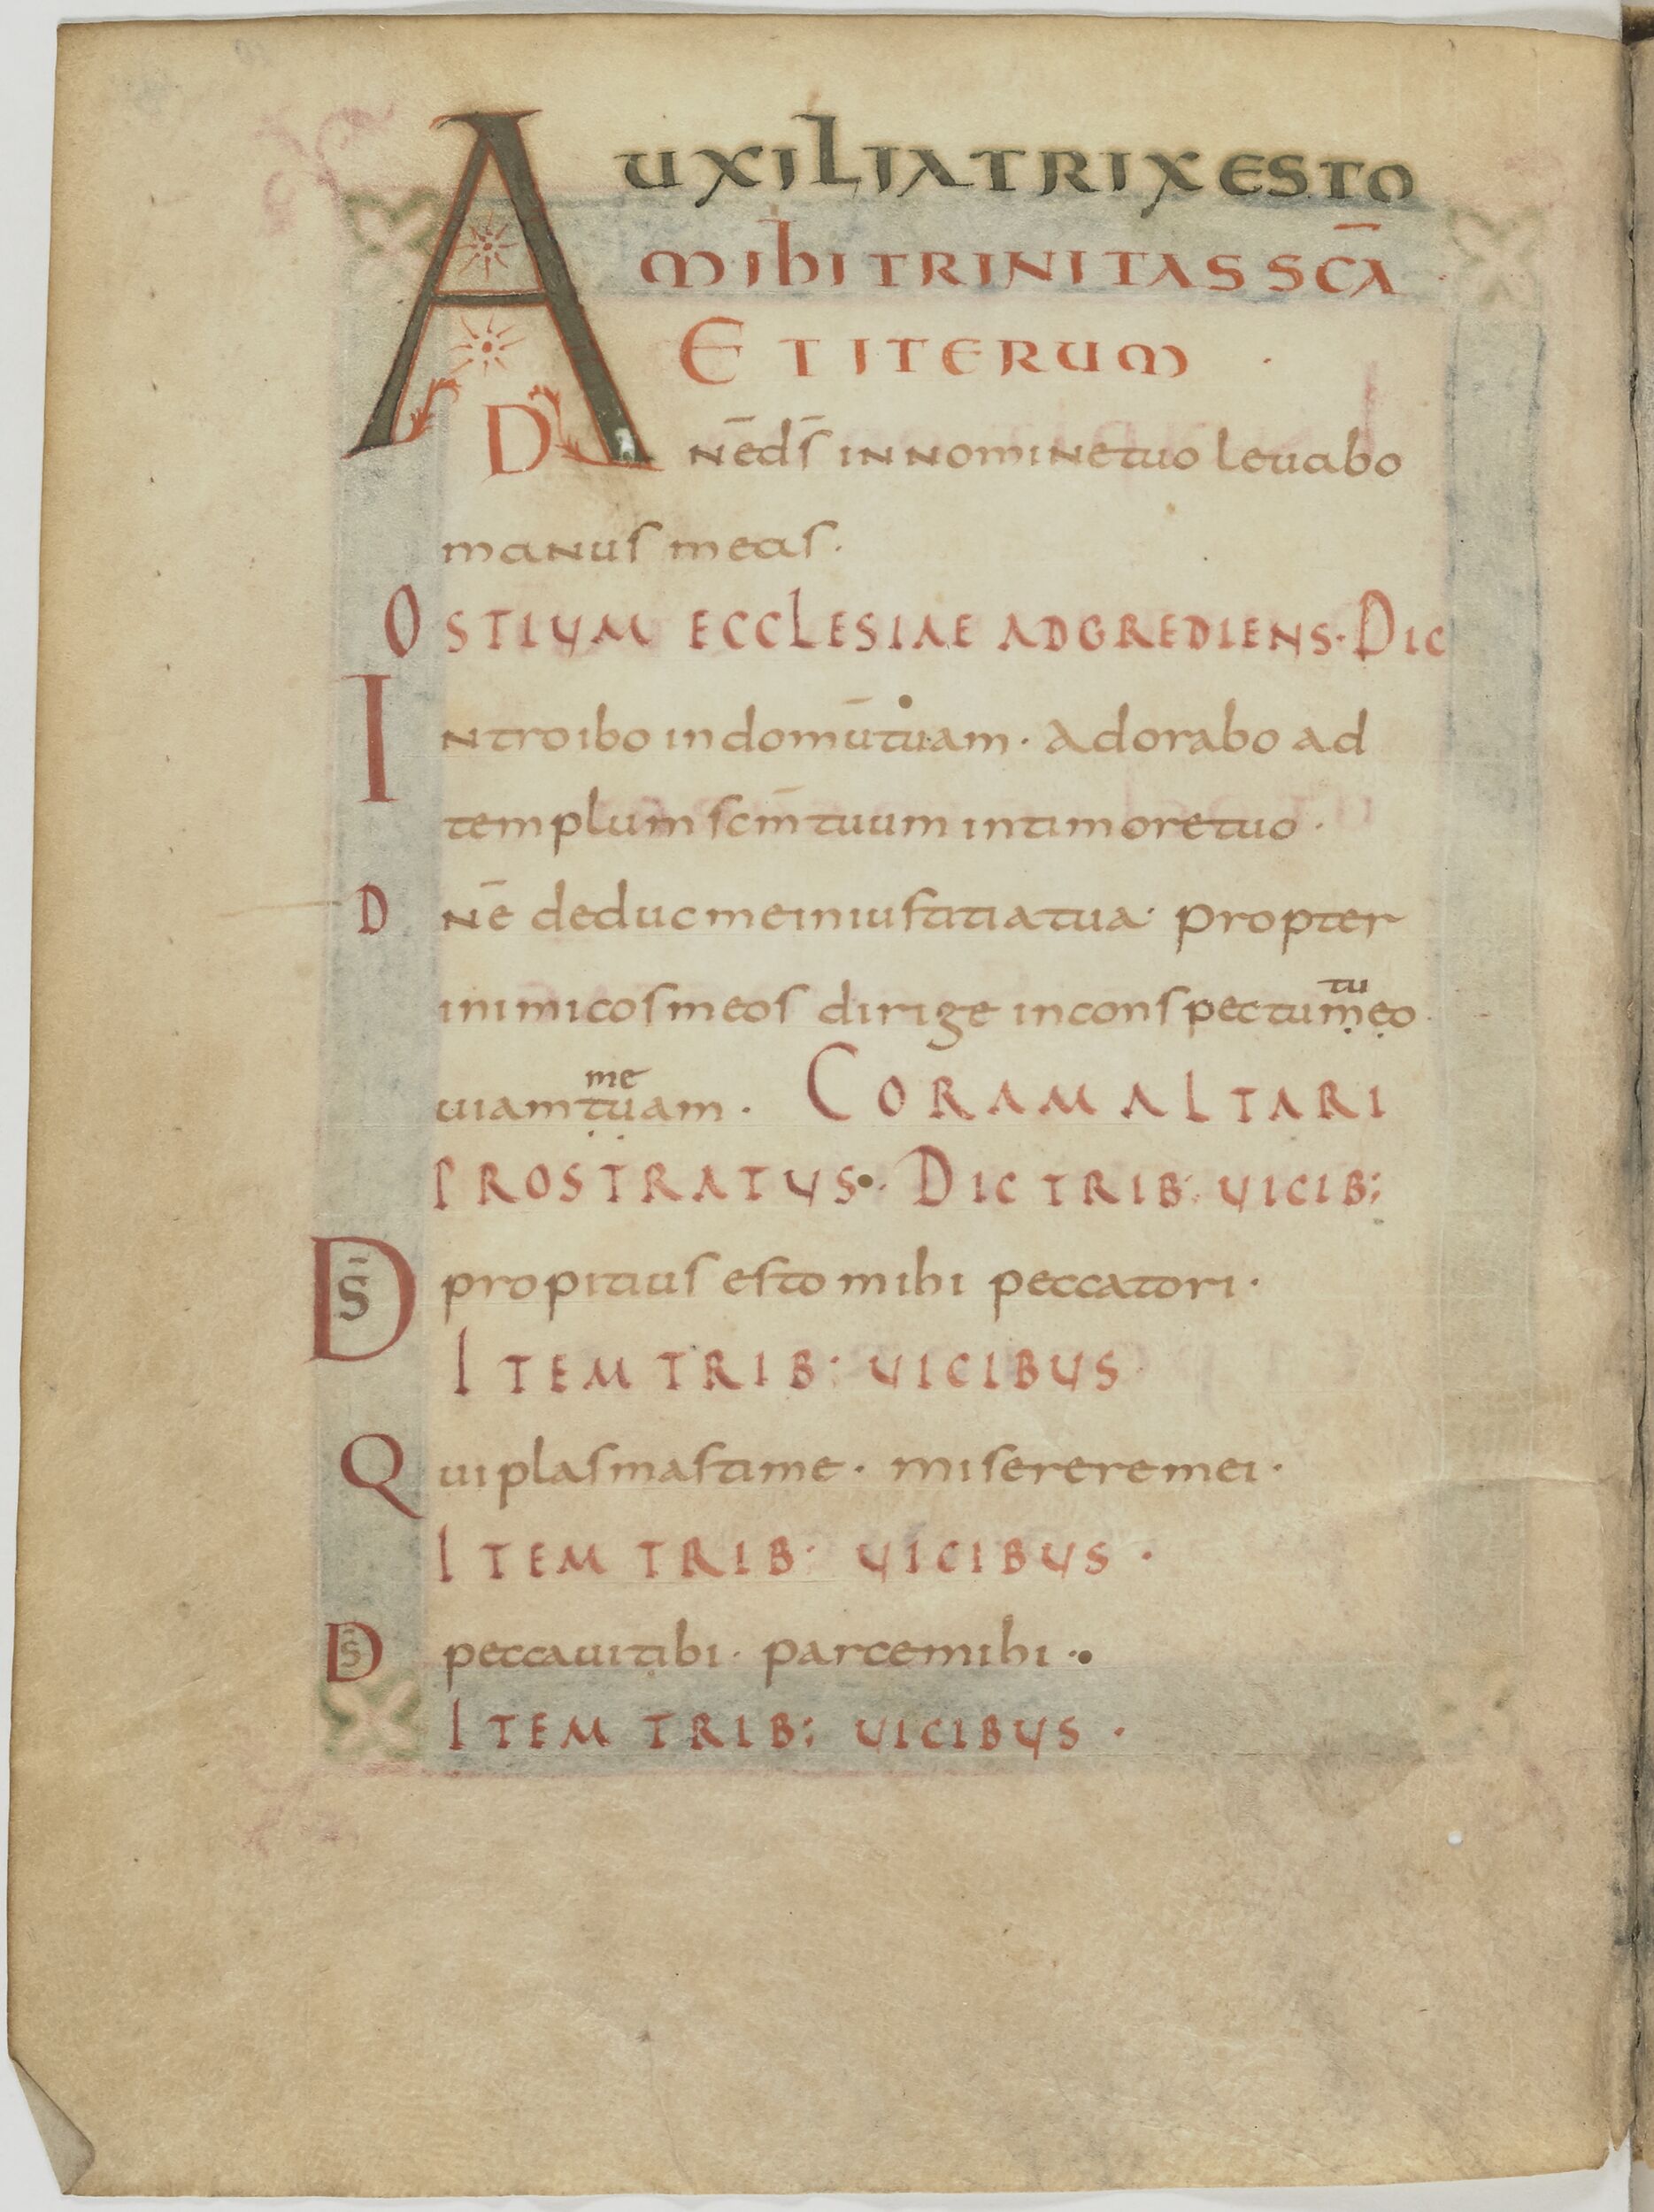
Shelfmark: Paris, BnF, lat. 13388
Century: 9